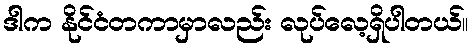
ဒါက နိုင်ငံတကာမှာလည်း လုပ်လေ့ရှိပါတယ်။